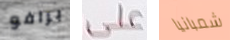
برافو على شمبانيا